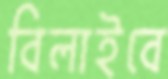
বিলাইবে